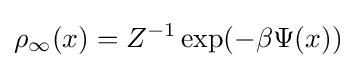
\rho _{\infty }(x)=Z^{-1}\exp(-\beta \Psi (x))